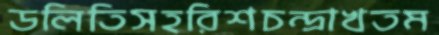
ডলিতিসহরিশচন্দ্রাখতম